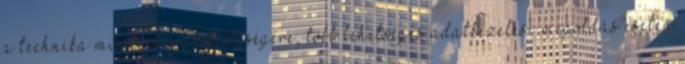
a technika mindenkori fejlettségére, több lehetséges adatkezelési megoldás esetén